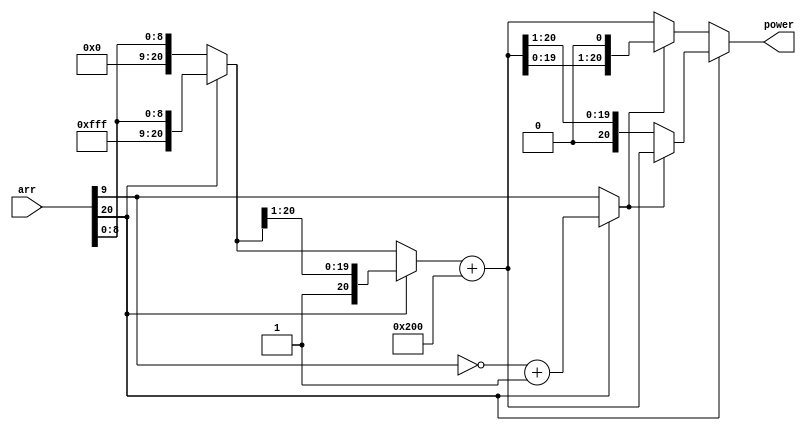
`timescale 1ns / 1ps
//////////////////////////////////////////////////////////////////////////////////
// Company: 
// Engineer: 
// 
// Design Name: 
// Module Name: NeuronMain
// Project Name: 
// Target Devices: 
// Tool Versions: 
// Description: 
// 
// Dependencies: 
// 
// Revision:
// Revision 0.01 - File Created
// Additional Comments:
// 
//////////////////////////////////////////////////////////////////////////////////
module ExP(
    input signed [20:0] arr,
    output reg signed [20:0] power
    );
    reg[10:0]X_I;
    reg signed [20:0]X_F;
    reg sign;
    reg sign2;
    reg I_a;
    reg signed [20:0] m2data;
    reg signed [20:0] m3data;
    
    always @(*)
    begin
    //  Segregating Integer, fractional and Sign Parts 
        sign = arr[20];
        if(sign == 1)
        begin
             X_F = {{12{1'b1}}, arr[8:0]};
        end
        
        else
        begin
            X_F = {{12{1'b0}}, arr[8:0]};
        end
        
    // Processing on Fractional part
    
    // M1
    if(sign == 1)
        begin
            X_F = {1'b1, X_F[20:1]};
        end
    else 
        begin
            X_F = X_F;
        end
     // M1
     
     X_F = X_F + {{11{1'b0}},1'b1 , {9{1'b0}}};
     // After here number has become positive
        
     //M2
     if(I_a == 1) 
        begin 
            m2data = X_F << 1;
        end
    else 
        begin
            m2data = X_F; 
        end
        
     //M3
     if(I_a == 0)
        begin
            m3data = X_F >> 1;
        end
     else 
        begin
            m3data = X_F;
        end
     
     if(sign == 0)
        begin
            power = m2data;
        end
     else
        begin
            power = m3data;
        end
     end
     
    always @(*)
    begin 
    X_I = arr[19:9];
    sign2 = arr[20];
        if(sign2 == 0)
            begin
                I_a = X_I[0];
            end
        else
            begin
                X_I = ~X_I;
                X_I = X_I + 1;
                I_a = X_I[0];
            end
    end
endmodule